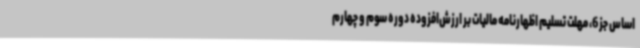
اساس جز 6، مهلت تسلیم اظهارنامه مالیات بر ارزش‌افزوده دوره سوم و چهارم